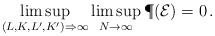
\begin{align*} \limsup_{(L,K,L',K') \Rightarrow \infty} \limsup_{N \rightarrow \infty } \P(\mathcal E) = 0\,.\end{align*}